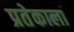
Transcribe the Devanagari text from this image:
प्रतेकाला